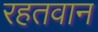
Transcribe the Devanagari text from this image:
रहतवान